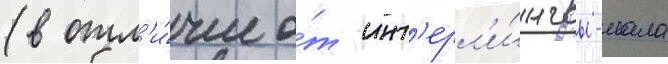
(в отл'и́чие о́т инт'ерл'и́нгвы-иала